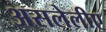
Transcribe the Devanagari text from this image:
असलेलीए